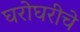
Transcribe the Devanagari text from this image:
घरोघरीचे